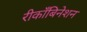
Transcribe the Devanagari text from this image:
रीकाँबिनेशन